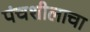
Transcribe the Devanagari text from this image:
पंचशीलाचा